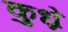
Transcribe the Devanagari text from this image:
कुध्रे